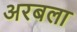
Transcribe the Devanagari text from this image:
अरबला